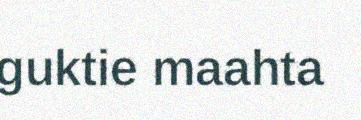
guktie maahta